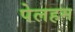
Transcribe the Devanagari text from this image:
पेलहम